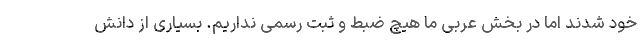
خود شدند اما در بخش عربی ما هیچ ضبط و ثبت رسمی نداریم. بسیاری از دانش